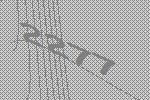
2277